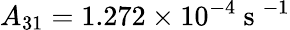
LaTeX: A_{31}=1.272\times 10^{-4}\mathrm{~s~}^{-1}